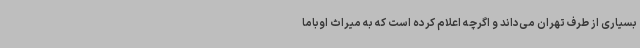
بسیاری از طرف تهران می‌داند و اگرچه اعلام کرده است که به میراث اوباما